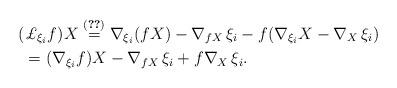
LaTeX: \begin{align*} & (\pounds_{\xi_i}{f})X \overset{\eqref{3.3B}} = \nabla_{\xi_i}({f} X) - \nabla_{{f} X}\,\xi_i - {f}(\nabla_{\xi_i}X - \nabla_{X}\,\xi_i) \\ &\ = (\nabla_{\xi_i}{f})X - \nabla_{{f} X}\,\xi_i + {f}\nabla_X\,\xi_i.\end{align*}